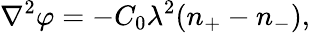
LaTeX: {\nabla^{2}}\varphi=-C_{0}\lambda^{2}(n_{+}-n_{-}),